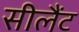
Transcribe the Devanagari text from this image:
सीलैंट